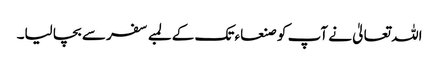
اللہ تعالیٰ نے آپ کو صنعاء تک کے لمبے سفر سے بچا لیا۔